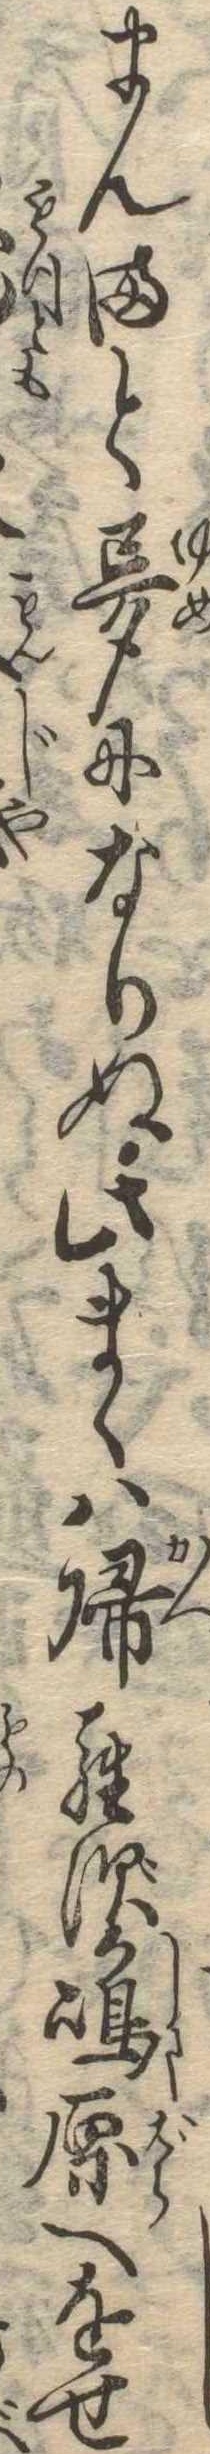
まんまと夢になりぬ此まゝは帰らずか島原へをせ